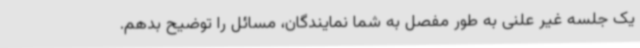
یک جلسه غیر علنی به طور مفصل به شما نمایندگان، مسائل را توضیح بدهم.